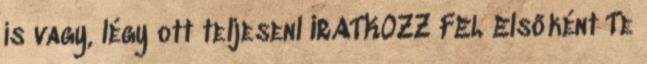
is vagy, légy ott teljesenl IRATKOZZ FEL Elsőként Te